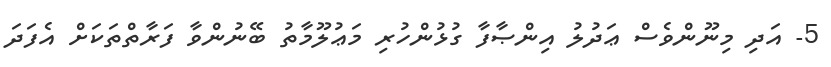
5- އަދި މިނޫންވެސް ޢަދުލު އިންޞާފާ ގުޅުންހުރި މަޢުލޫމާތު ބޭނުންވާ ފަރާތްތަކަށް އެފަދަ